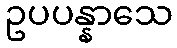
ဥပပန္နာသေ